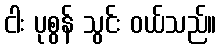
ငါး ပုစွန် သွင်း ဝယ်သည်။